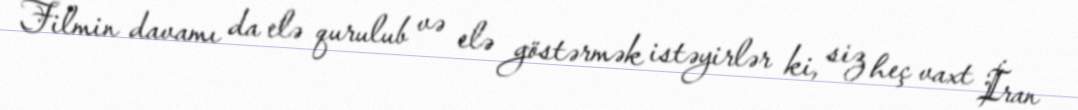
Filmin davamı da elə qurulub və elə göstərmək istəyirlər ki, siz heç vaxt İran